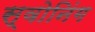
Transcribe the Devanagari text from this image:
स्वोनिंग